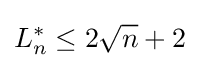
L_{n}^{*}\leq 2{\sqrt {n}}+2